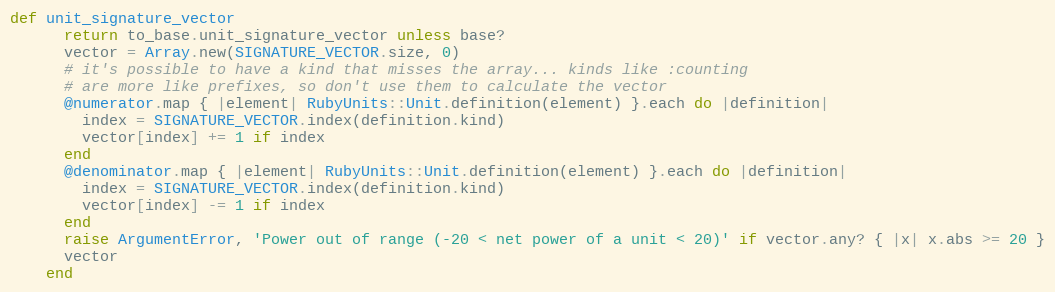
Language: Ruby
def unit_signature_vector
      return to_base.unit_signature_vector unless base?
      vector = Array.new(SIGNATURE_VECTOR.size, 0)
      # it's possible to have a kind that misses the array... kinds like :counting
      # are more like prefixes, so don't use them to calculate the vector
      @numerator.map { |element| RubyUnits::Unit.definition(element) }.each do |definition|
        index = SIGNATURE_VECTOR.index(definition.kind)
        vector[index] += 1 if index
      end
      @denominator.map { |element| RubyUnits::Unit.definition(element) }.each do |definition|
        index = SIGNATURE_VECTOR.index(definition.kind)
        vector[index] -= 1 if index
      end
      raise ArgumentError, 'Power out of range (-20 < net power of a unit < 20)' if vector.any? { |x| x.abs >= 20 }
      vector
    end